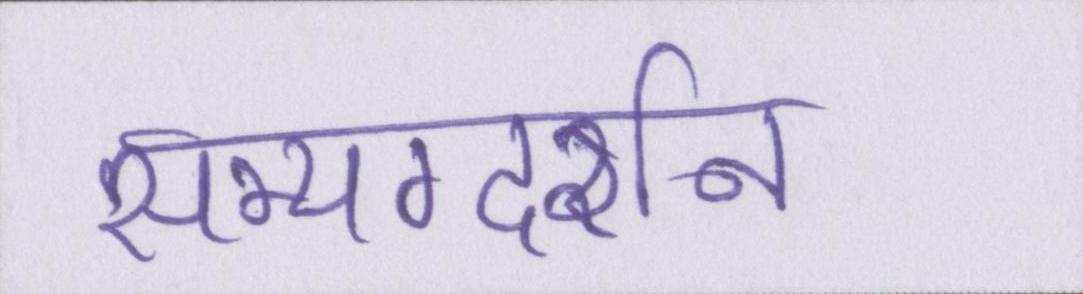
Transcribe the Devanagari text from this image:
सम्यग्दर्शन